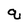
Character: q